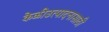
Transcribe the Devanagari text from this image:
केळीउत्पादनासाठी